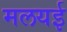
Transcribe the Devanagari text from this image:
मलयई